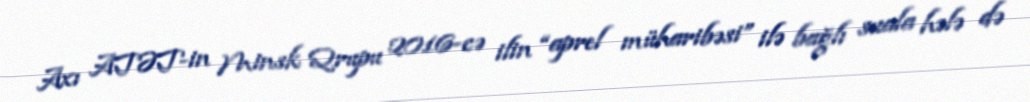
Axı ATƏT-in Minsk Qrupu 2016-cə ilin “aprel müharibəsi” ilə bağlı suala hələ də